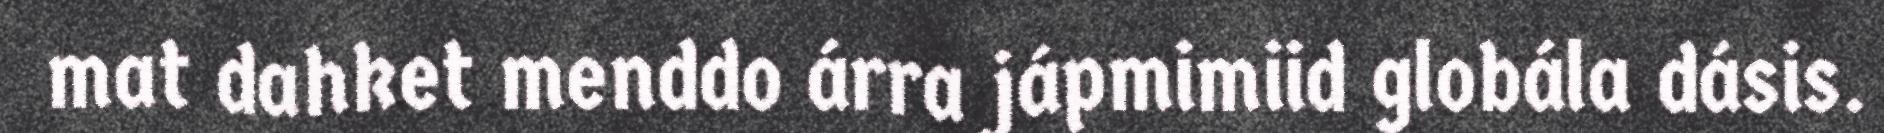
mat dahket menddo árra jápmimiid globála dásis.